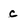
Character: c